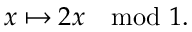
x \mapsto 2 x \mod 1 .